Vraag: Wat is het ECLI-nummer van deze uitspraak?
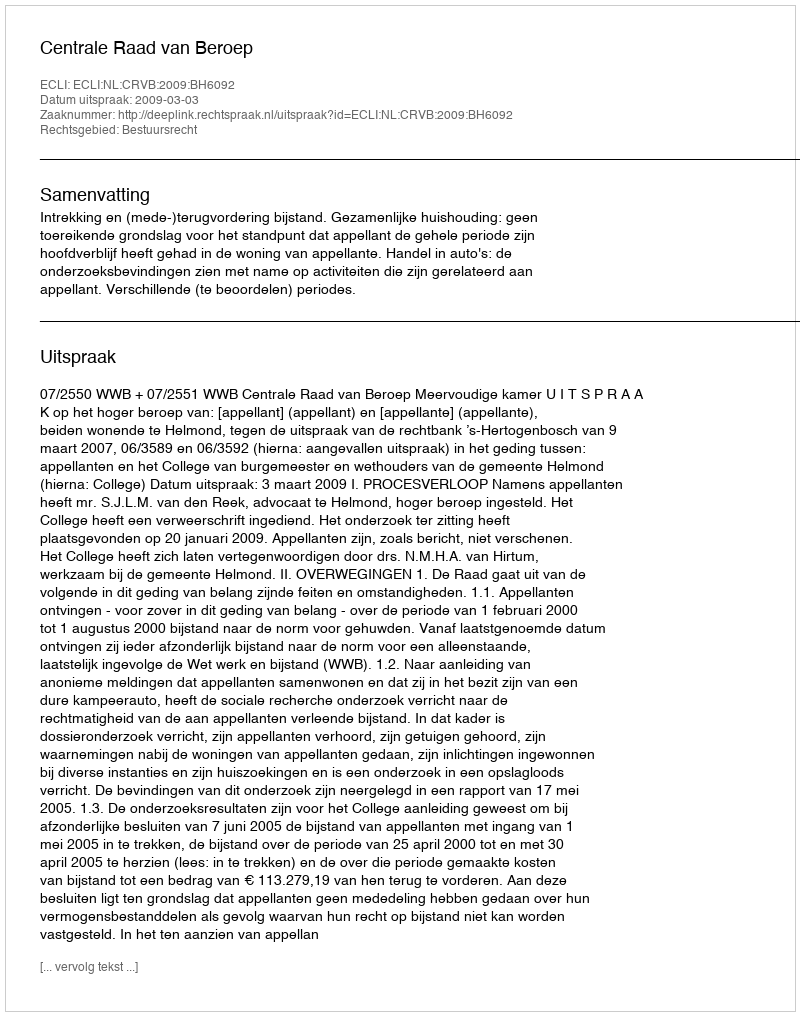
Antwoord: ECLI:NL:CRVB:2009:BH6092